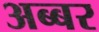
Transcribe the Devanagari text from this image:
अब्बर